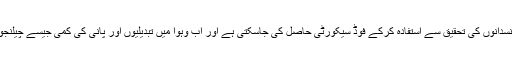
انہوں نے کہاکہ زرعی سائنسدانوں کی تحقیق سے استفادہ کرکے فوڈ سیکورٹی حاصل کی جاسکتی ہے اور آب وہوا میں تبدیلیوں اور پانی کی کمی جیسے چیلنجوں کا سامنا کیا جاسکتاہے ۔